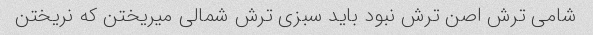
شامی ترش اصن ترش نبود باید سبزی ترش شمالی میریختن که نریختن